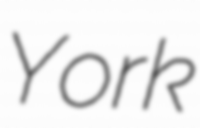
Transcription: York